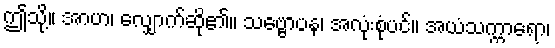
ဤသို့။ အာဟ၊ လျှောက်ဆို၏။ သဗ္ဗောပန၊ အလုံးစုံပင်။ အယံသက္ကာရော၊